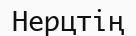
Нерцтің